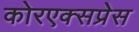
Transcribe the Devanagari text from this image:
कोरएक्सप्रेस